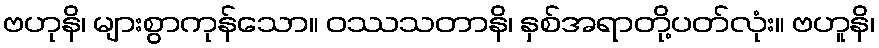
ဗဟုနိ၊ များစွာကုန်သော။ ဝဿသတာနိ၊ နှစ်အရာတို့ပတ်လုံး။ ဗဟူနိ၊